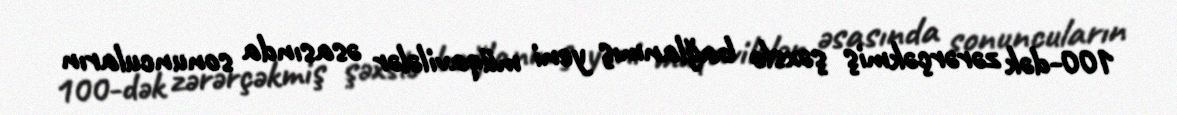
100-dək zərərçəkmiş şəxslə bağlanmış yeni müqavilələr əsasında sonuncuların